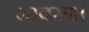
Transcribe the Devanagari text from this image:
आवरण।